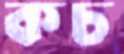
কচ